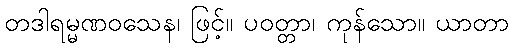
တဒါရမ္မဏဝသေန၊ ဖြင့်။ ပဝတ္တာ၊ ကုန်သော။ ယာတာ